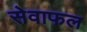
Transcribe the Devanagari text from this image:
सेवाफल